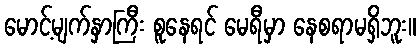
မောင့်မျက်နှာကြီး စူနေရင် မေရီမှာ နေစရာမရှိဘူး။